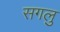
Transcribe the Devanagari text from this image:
सगलु